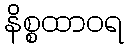
နိစ္စထာဝရ